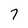
Character: 7